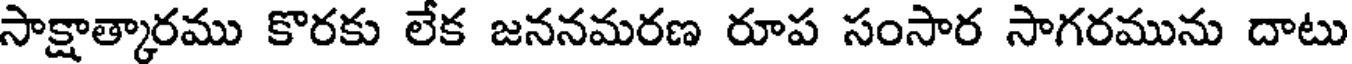
సాక్షాత్కారము కొరకు లేక జననమరణ రూప సంసార సాగరమును దాటు